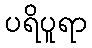
ပရိပူရာ